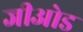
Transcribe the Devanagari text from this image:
जीओड